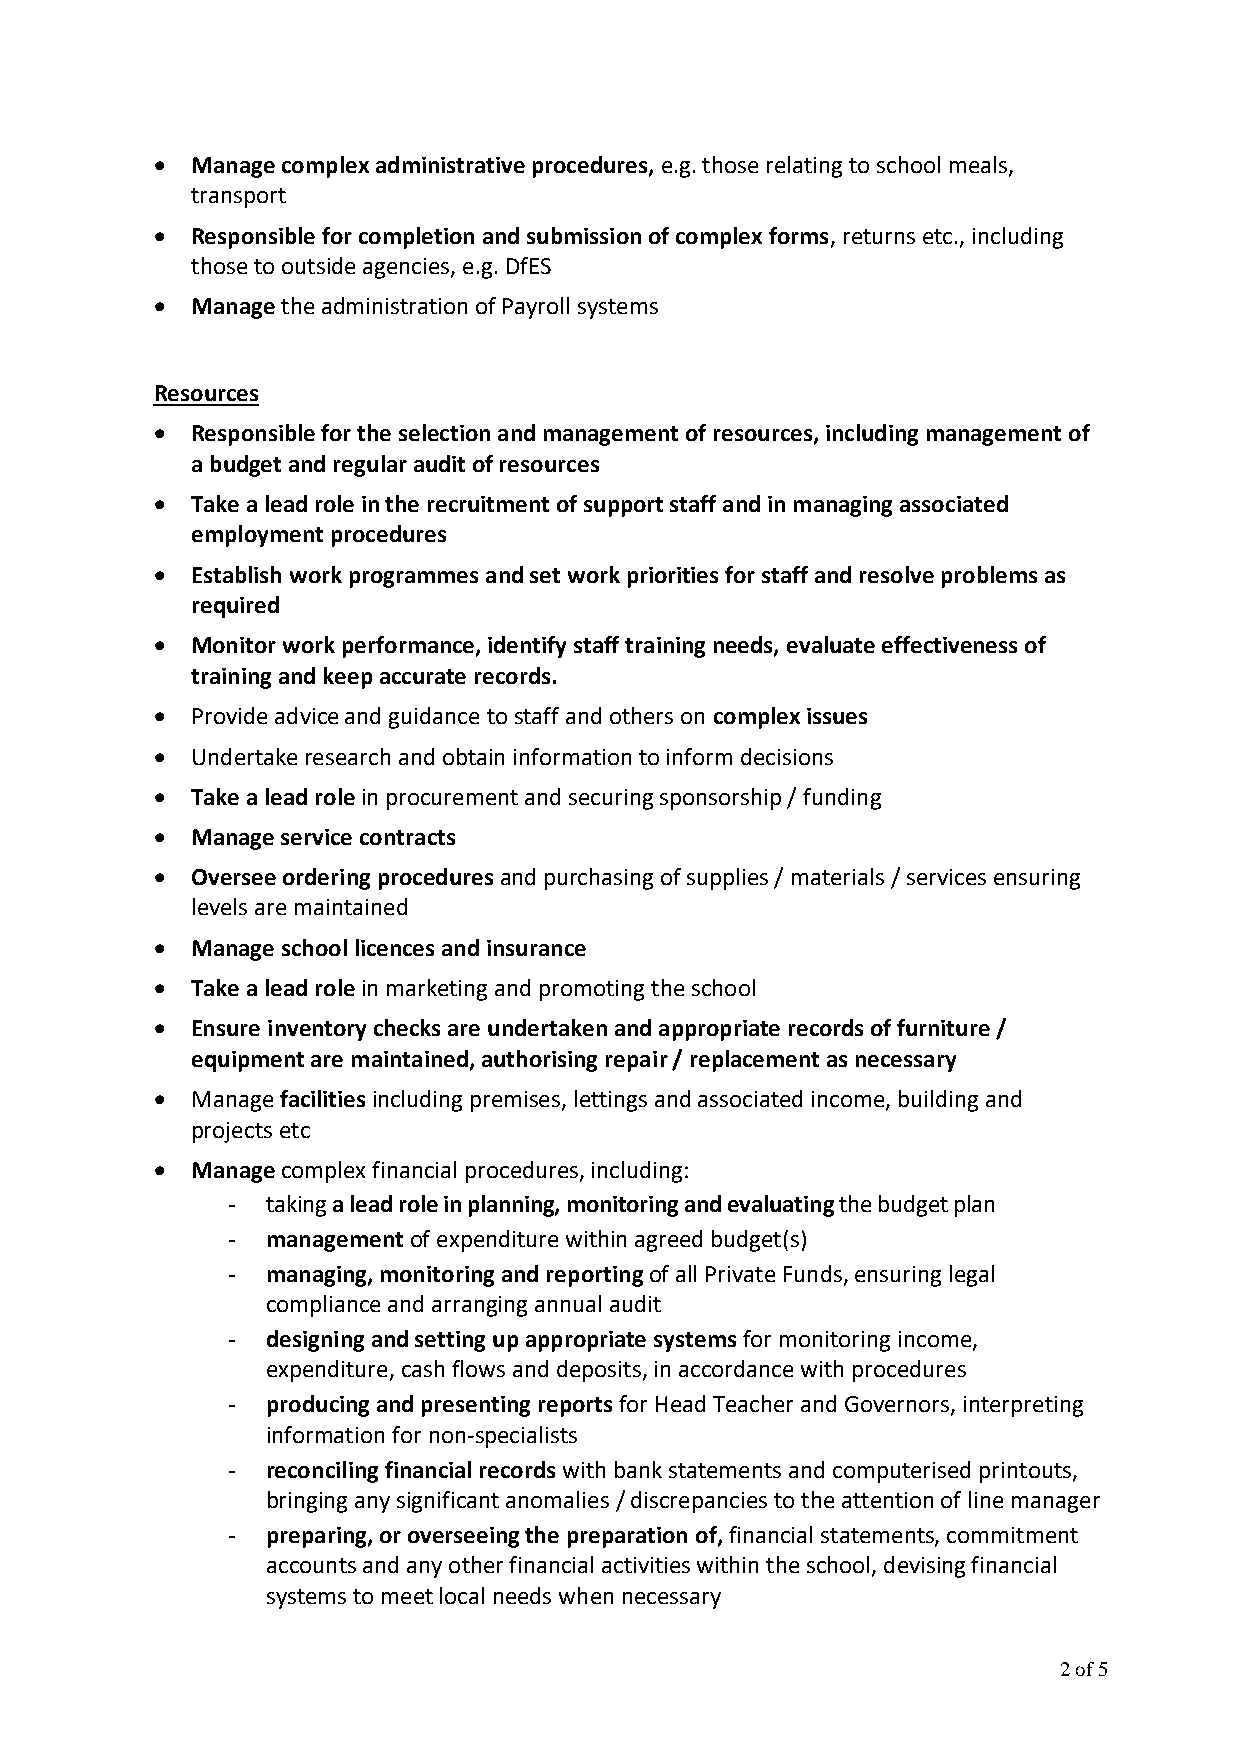
•  Manage complex administrative procedures, e.g. those relating to school meals,
 transport
 •  Responsible for completion and submission of complex forms, returns etc., including
 those to outside agencies, e.g. DfES
 •  Manage the administration of Payroll systems
 Resources
 •  Responsible for the selection and management of resources, including management of
 a budget and regular audit of resources
 •  Take a lead role in the recruitment of support staff and in managing associated
 employment procedures
 •  Establish work programmes and set work priorities for staff and resolve problems as
 required
 •  Monitor work performance, identify staff training needs, evaluate effectiveness of
 training and keep accurate records.
 •  Provide advice and guidance to staff and others on complex issues
 •  Undertake research and obtain information to inform decisions
 •  Take a lead role in procurement and securing sponsorship / funding
 •  Manage service contracts
 •  Oversee ordering procedures and purchasing of supplies / materials / services ensuring
 levels are maintained
 •  Manage school licences and insurance
 •  Take a lead role in marketing and promoting the school
 •  Ensure inventory checks are undertaken and appropriate records of furniture /
 equipment are maintained, authorising repair / replacement as necessary
 •  Manage facilities including premises, lettings and associated income, building and
 projects etc
 •  Manage complex financial procedures, including:
 -  taking a lead role in planning, monitoring and evaluating the budget plan
 -  management of expenditure within agreed budget(s)
 -  managing, monitoring and reporting of all Private Funds, ensuring legal
 compliance and arranging annual audit
 -  designing and setting up appropriate systems for monitoring income,
 expenditure, cash flows and deposits, in accordance with procedures
 -  producing and presenting reports for Head Teacher and Governors, interpreting
 information for non-specialists
 -  reconciling financial records with bank statements and computerised printouts,
 bringing any significant anomalies / discrepancies to the attention of line manager
 -  preparing, or overseeing the preparation of, financial statements, commitment
 accounts and any other financial activities within the school, devising financial
 systems to meet local needs when necessary
 2 of 5